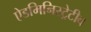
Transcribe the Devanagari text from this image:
ऐडमिनिस्ट्रेटीव